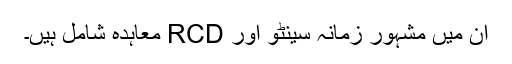
ان میں مشہور زمانہ سینٹو اور RCD معاہدہ شامل ہیں۔